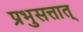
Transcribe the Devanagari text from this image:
प्रभुसत्तात्